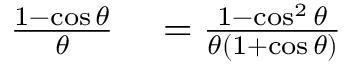
\begin{array} { r l } { { \frac { 1 - \cos \theta } { \theta } } } & { { } = { \frac { 1 - \cos ^ { 2 } \theta } { \theta ( 1 + \cos \theta ) } } } \end{array}